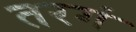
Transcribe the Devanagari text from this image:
तरगं